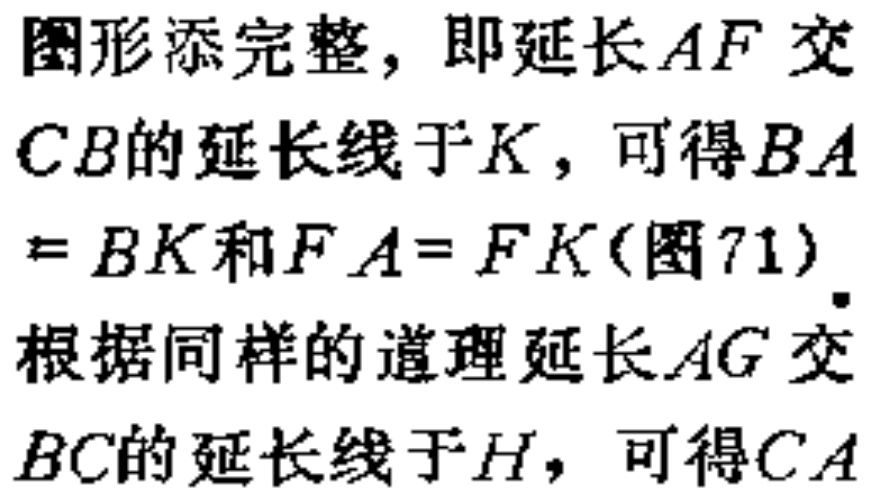
图形添完整，即延长\(AF\)交

\(CB\)的延长线于\(K\)，可得\(BA\)

\(=BK\)和\(FA = FK\)(图71)．

根据同样的道理延长\(AG\)交

\(BC\)的延长线于\(H\)，可得\(CA\)